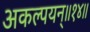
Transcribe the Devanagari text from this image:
अकल्पयन्॥१४॥